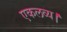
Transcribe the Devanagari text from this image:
एकलव्य।